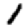
Digit: 1